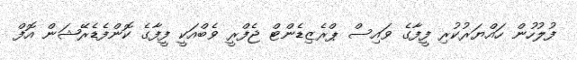
ފުލުހުން ހައްޔަރުކުރި ފީފާގެ ވައިސް ޕްރެޒިޑެންޓް ޖެފްރީ ވެބްއަކީ ފީފާގެ ކޮންފެޑެރޭޝަން އޮފް